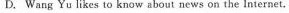
D.Wang Yu likes to know about news on the Internet